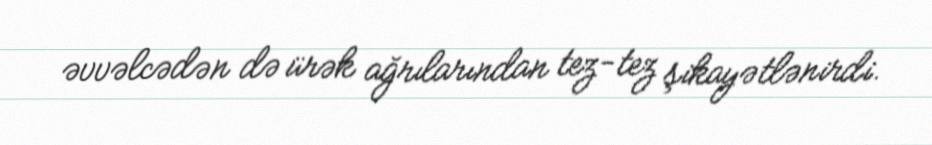
əvvəlcədən də ürək ağrılarından tez-tez şikayətlənirdi.